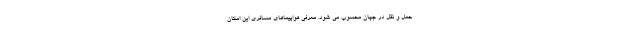
حمل و نقل در جهان محسوب می شود. معرفی هواپیماهای مسافری این امکان